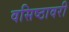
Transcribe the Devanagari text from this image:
वसिष्ठावरी